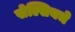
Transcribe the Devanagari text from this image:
सेल्सियचे